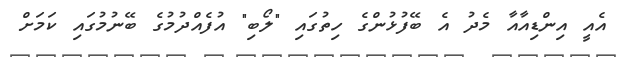
އެއީ އިންޑިއާއާ މެދު އެ ބޭފުޅުންގެ ހިތުގައި "ލޯބި" އުފެއްދުމުގެ ބޭނުމުގައި ކަމަށް